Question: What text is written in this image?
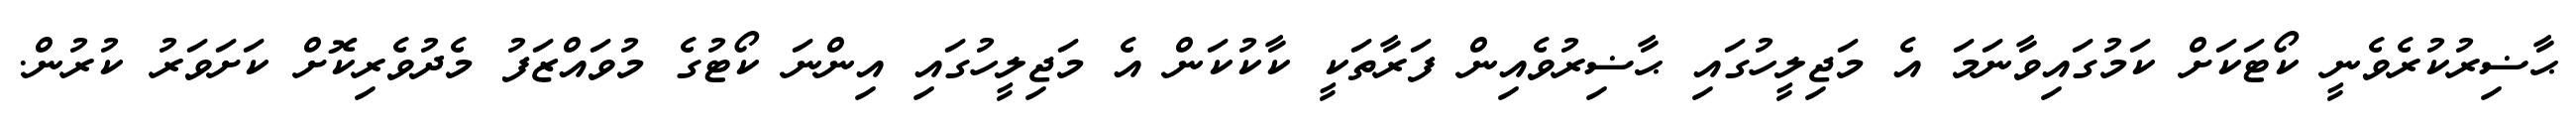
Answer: ޙާޟިރުކުރެވެނީ ކޯޓަކަށް ކަމުގައިވާނަމަ އެ މަޖިލީހުގައި ޙާޟިރުވެއިން ފަރާތަކީ ކާކުކަން އެ މަޖިލީހުގައި އިންނަ ކޯޓުގެ މުވައްޒަފު މެދުވެރިކޮށް ކަށަވަރު ކުރުން.